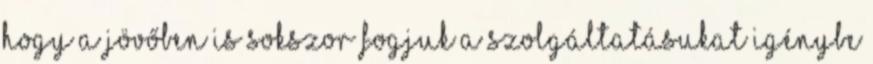
hogy a jövőben is sokszor fogjuk a szolgáltatásukat igénybe